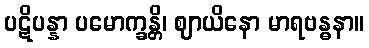
ပဋိပန္နာ ပမောက္ခန္တိ၊ ဈာယိနော မာရဗန္ဓနာ။